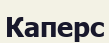
Каперс